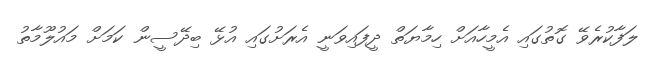
ލަފާކުރެވޭ ގޮތުގައި އެމީހާއަށް ހިމާޔަތް ދީފައިވަނީ އެރަށުގައި އުޅޭ ބިދޭސީން ކަމަށް މައުލޫމާތު